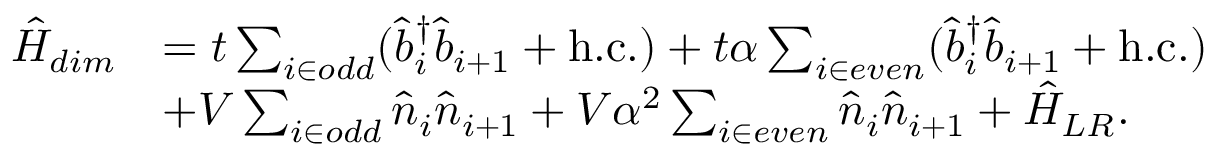
\begin{array} { r l } { \hat { H } _ { d i m } } & { = t \sum _ { i \in o d d } ( \hat { b } _ { i } ^ { \dagger } \hat { b } _ { i + 1 } + \mathrm { h . c . } ) + t \alpha \sum _ { i \in e v e n } ( \hat { b } _ { i } ^ { \dagger } \hat { b } _ { i + 1 } + \mathrm { h . c . } ) } \\ & { + V \sum _ { i \in o d d } \hat { n } _ { i } \hat { n } _ { i + 1 } + V \alpha ^ { 2 } \sum _ { i \in e v e n } \hat { n } _ { i } \hat { n } _ { i + 1 } + \hat { H } _ { L R } . } \end{array}